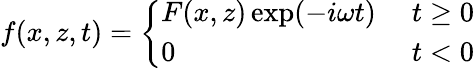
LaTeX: f(x,z,t)=\left\{ \begin{array}{ll}{F(x,z)\exp(-i\omega t)\; }&{t\ge 0}\\ {0\; }&{t<0}\end{array}\right.